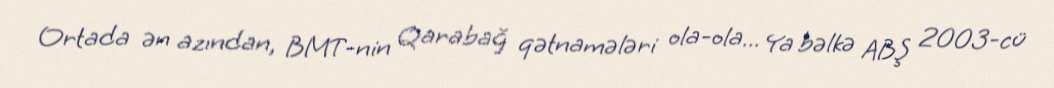
Ortada ən azından, BMT-nin Qarabağ qətnamələri ola-ola... Ya bəlkə ABŞ 2003-cü